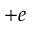
+ e